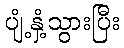
ပျံ့နှံ့သွားပြီး